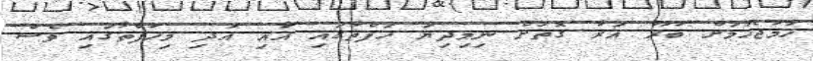
ހަމަޖެހުމަށް ބުރޫ އަރާ ގޮތަށް ނިމިދިޔަ ހަފްތާގައި އާއި އަދި މިހަފްތާގައި ވެސް